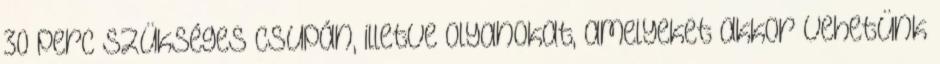
30 perc szükséges csupán, illetve olyanokat, amelyeket akkor vehetünk